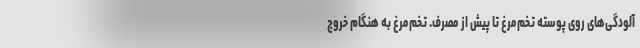
آلودگی‌های روی پوسته تخم‌مرغ تا پیش از مصرف. تخم‌مرغ به هنگام خروج